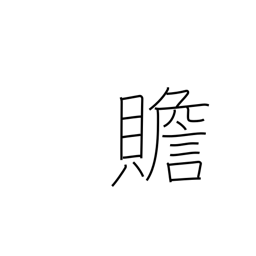
Meaning: add to